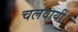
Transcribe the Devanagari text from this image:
चलवायीं।